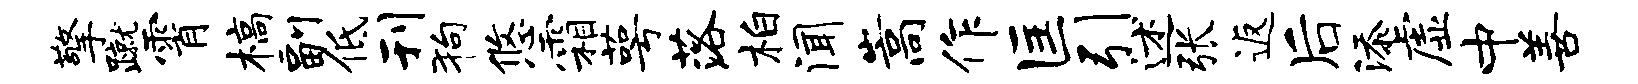
擎蹴霄槁副低刊狗悠霜萼落柏闻嵩作匡引述张返后添虚中善